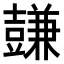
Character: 𧰋